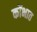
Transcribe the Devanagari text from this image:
कोंभात